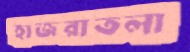
হাজরাতলা